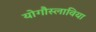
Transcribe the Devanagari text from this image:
योगौस्लाविया